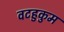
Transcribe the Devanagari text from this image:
वटहुकुम